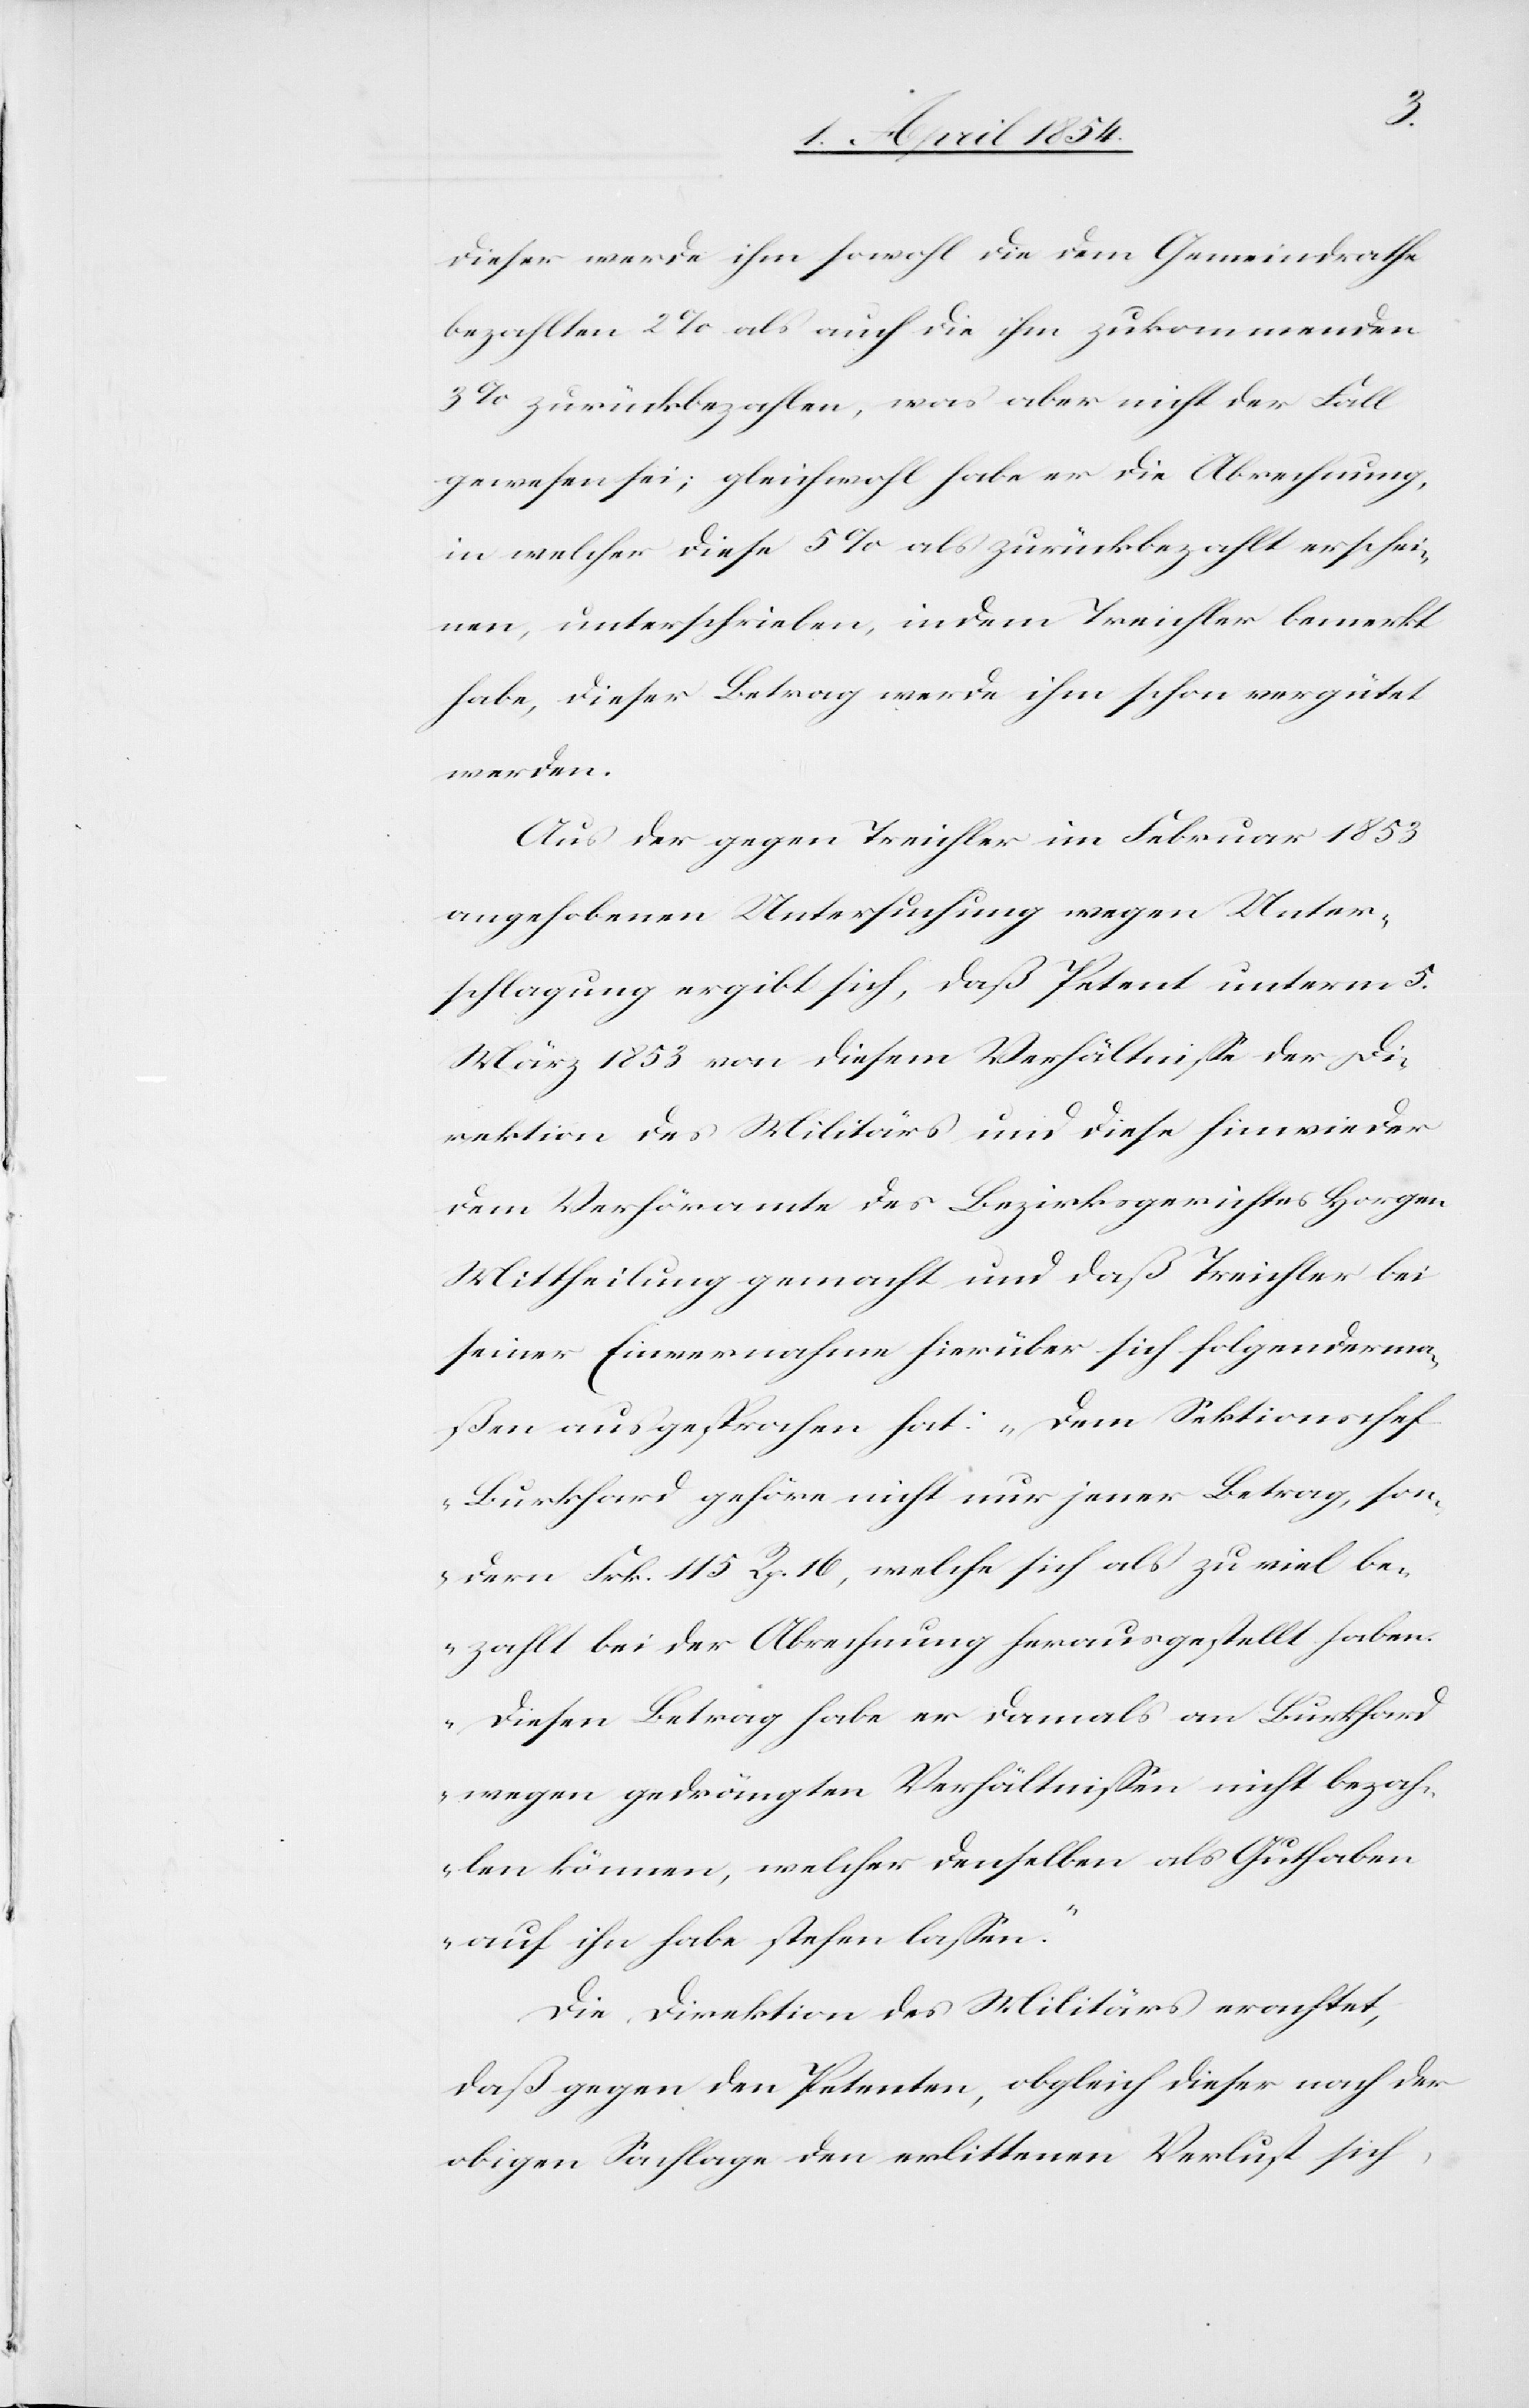
dieser werde ihm sowohl die dem Gemeindrathe
bezahlten 2% als auch die ihm zukommenden
3% zurückbezahlen, was aber nicht der Fall
gewesen sei; gleichwohl habe er die Abrechnung,
in welcher diese 5% als zurückbezahlt erschei¬
nen, unterschrieben, indem Treichler bemerkt
habe, dieser Betrag werde ihm schon vergütet
werden.
Aus der gegen Treichler im Februar 1853
aufgehobenen Untersuchung wegen Unter¬
schlagung ergibt sich, daß Petent unterm 5.
März 1853 von diesem Verhältniße der Di¬
rektion des Militärs und diese hinwieder
dem Verhöramte des Bezirksgerichtes Horgen
Mittheilung gemacht und daß Treichler bei
seiner Einvernahme hierüber sich folgenderma¬
ßen ausgesprochen hat: „Dem Sektionschef
Burkhard gehöre nicht nur jener Betrag, son¬
dern Frk. 115 Rp. 16, welche sich als zu viel be¬
zahlt bei der Abrechnung herausgestellt haben.
Diesen Betrag habe er damals an Burkhard
wegen gedrängten Verhältnißen nicht bezah¬
len können, welcher denselben als Guthaben
auf ihn habe stehen laßen.“
Die Direktion des Militärs erachtet,
daß gegen den Petenten, obgleich dieser nach der
obigen Sachlage den erlittenen Verlust sich